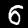
Label: 6